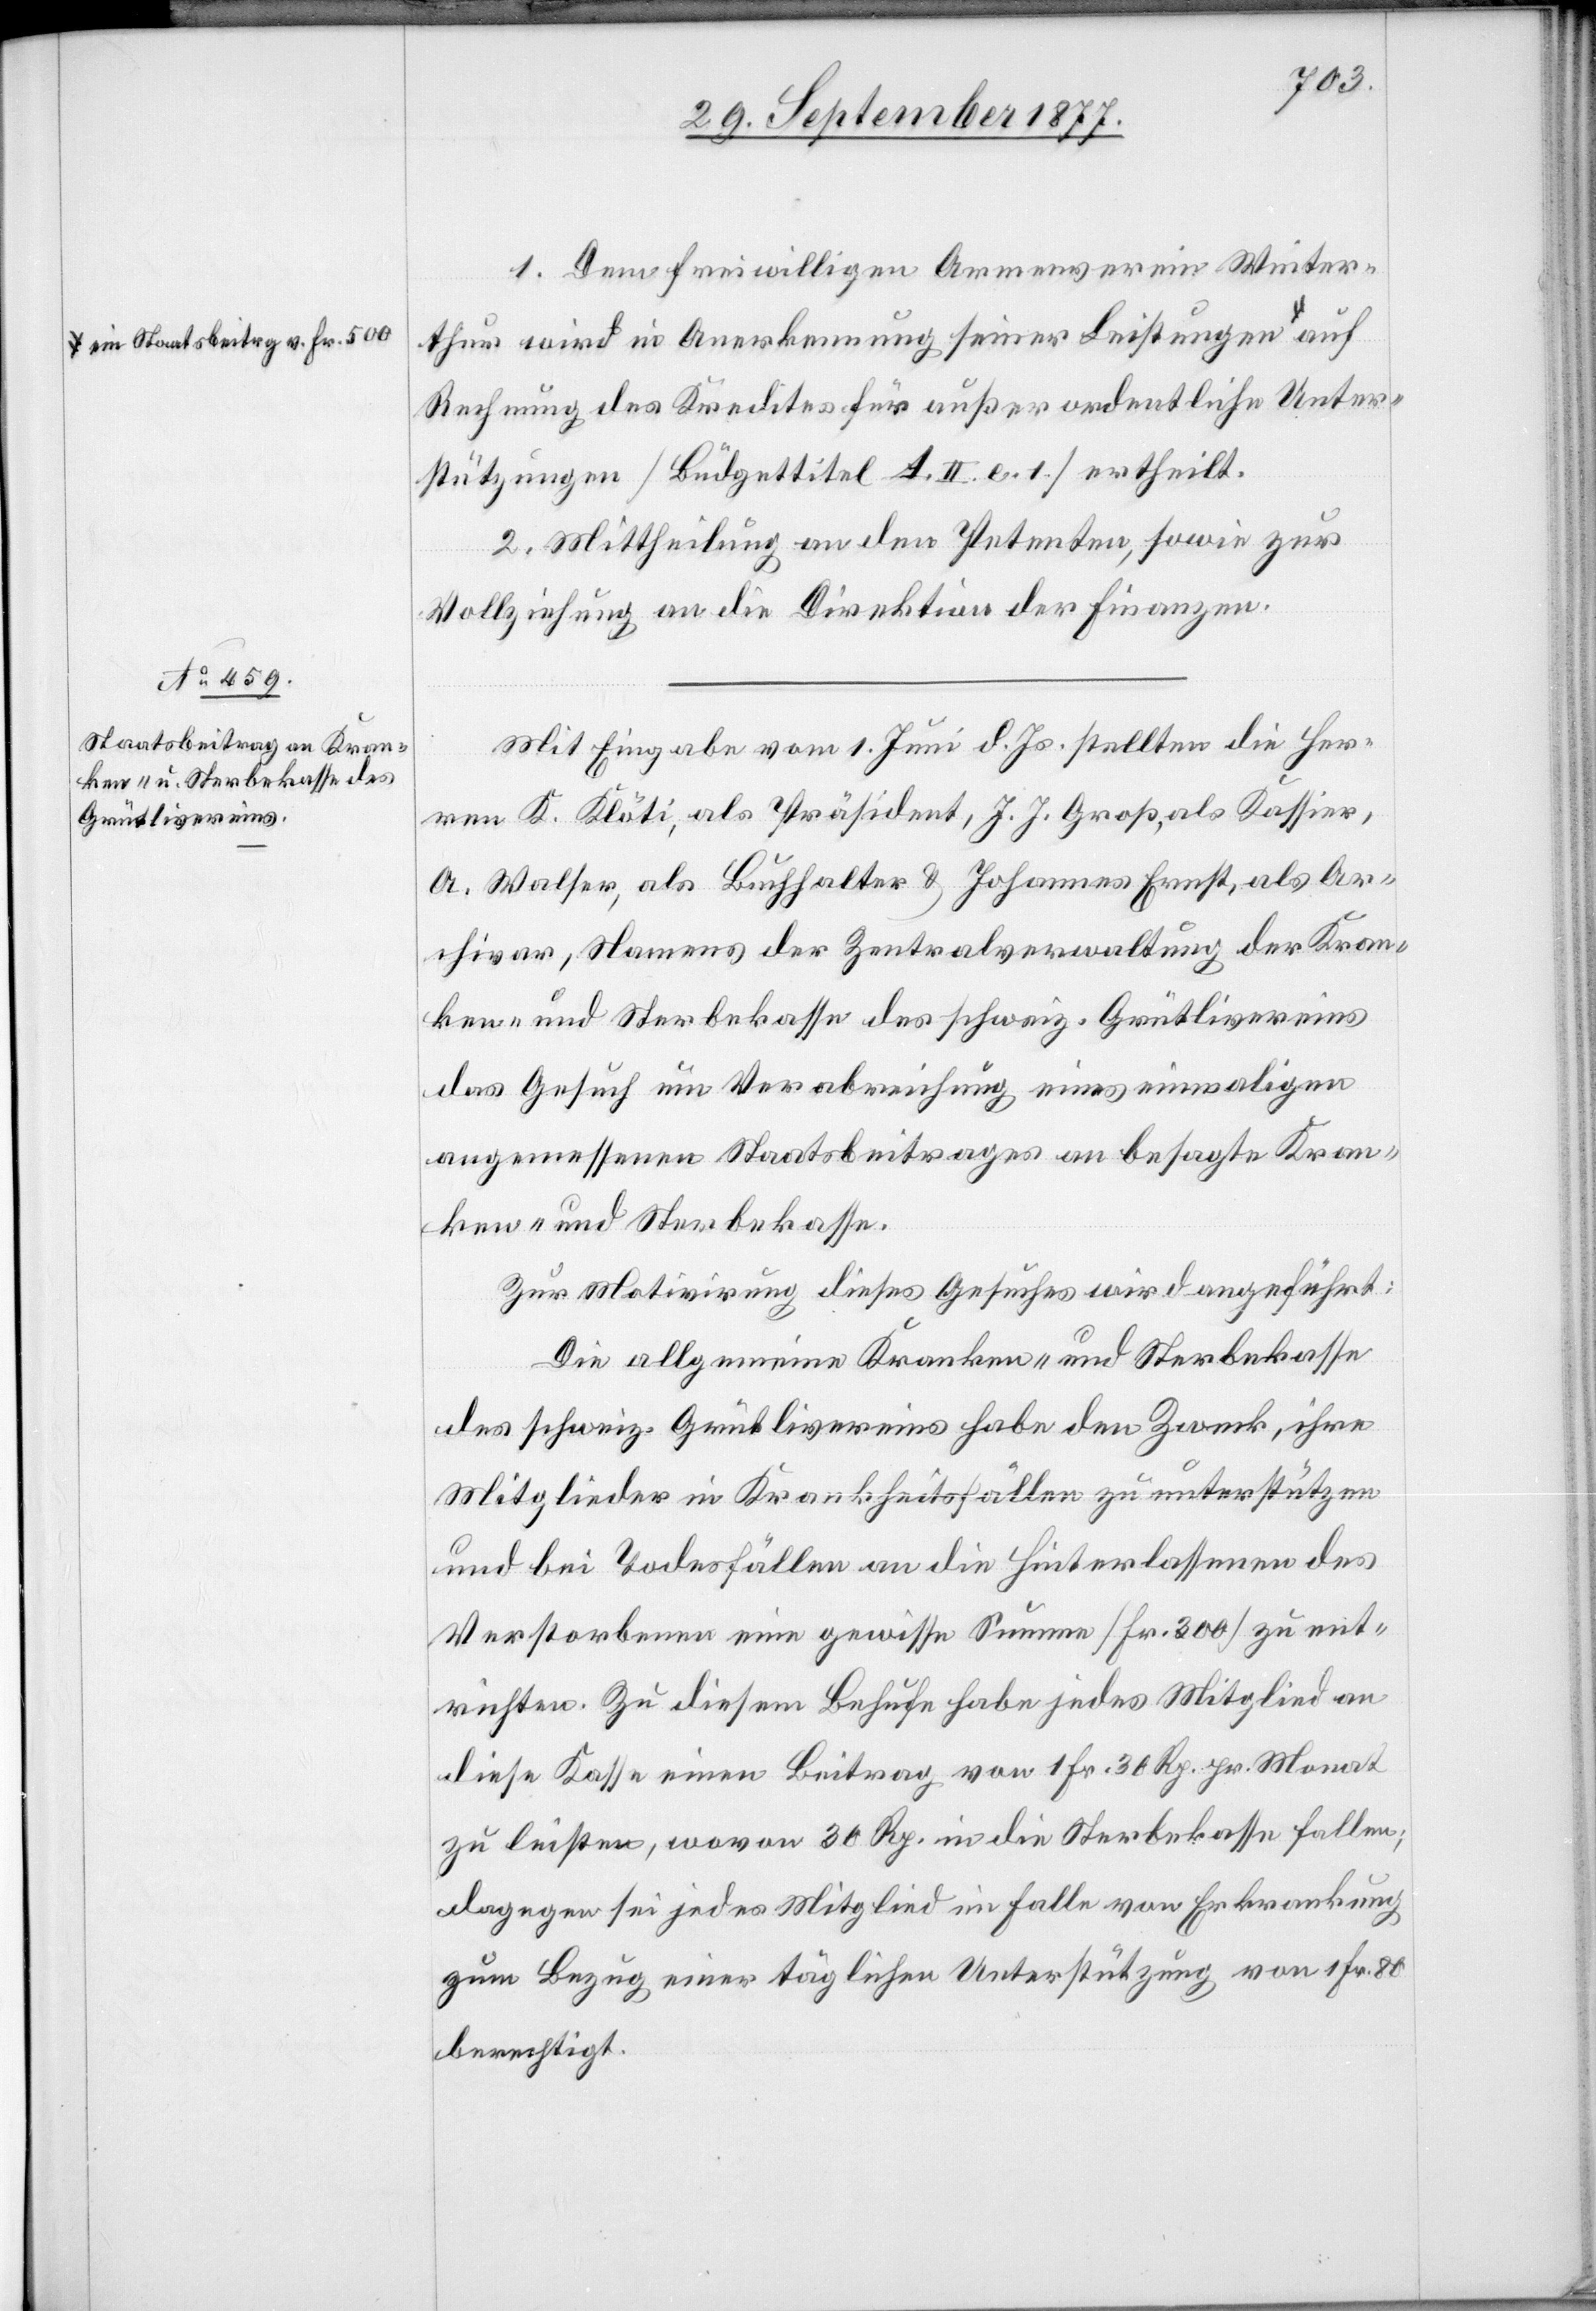
in Staatsbeitr[a]g v. Fr. 500-a

1. Dem freiwilligen Armenverein Winter¬
thur wird in Anerkennung seiner Leistungen a-e¬
Rechnung des Kredites für außerordentliche Unter¬
stützungen [Büdgettitel A. II. e. 1.] ertheilt.
2. Mittheilung an den Petenten, sowie zur
Vollziehung an die Direktion der Finanzen.
Mit Eingabe vom 1. Juni d. Js. stellten die Her¬
ren K. Klöti, als Präsident, J. J. Groß, als Kassier,
A. Walser, als Buchhalter & Johannes Ernst, als Ar¬
chivar, Namens der Zentralverwaltung der Kran¬
ken- und Sterbekasse des schweiz. Grütlivereins
das Gesuch um Verabreichung eines einmaligen
angemessenen Staatsbeitrages an besagte Kran¬
ken- und Sterbekasse.
Zur Motivirung dieses Gesuches wird angeführt:
Die allgemeine Kranken- und Sterbekasse
des schweiz. Grütlivereins habe den Zweck, ihre
Mitglieder in Krankheitsfällen zu unterstützen
und bei Todesfällen an die Hinterlassenen des
Verstorbenen eine gewisse Summe [Fr. 300] zu ent¬
richten. Zu diesem Behufe habe jedes Mitglied an
diese Kasse einen Beitrag von 1 Fr. 30 Rp. pr. Monat
zu leisten, wovon 30 Rp. in die Sterbekasse fallen;
dagegen sei jedes Mitglied im Falle von Erkrankung
zum Bezug einer täglichen Unterstützung von 1 Fr. 80
berechtigt.